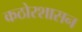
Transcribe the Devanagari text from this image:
कठोरशासन